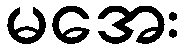
မအေး